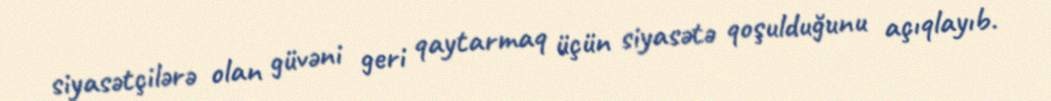
siyasətçilərə olan güvəni geri qaytarmaq üçün siyasətə qoşulduğunu açıqlayıb.